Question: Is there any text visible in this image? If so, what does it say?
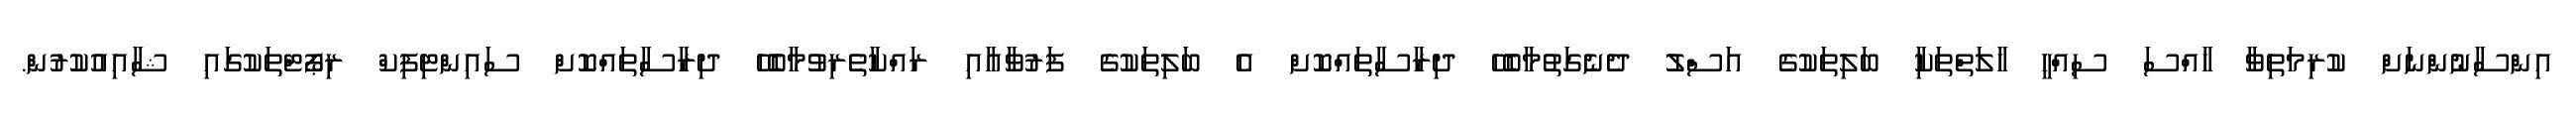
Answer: އިންސާނުންނަށް ކުރިމަތިވާ ޚާއްސަ ސިއްހީ ހާލަތްތަކާި ބަލިތަކުގެ އަސްލު ދެނެގަތުމާބެހޭ ދިރާސާތައްކޮށް އެ ބަލިތަކުގެ ފަރުވާއާއި ރައްކާތެރިވުމާބެހޭ ދިރާސާތައްކޮށް ސައިންޓިފިކް ރިޕޯޓްތަކުގައި ޝާއިއުކުރުން.